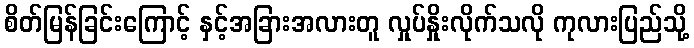
စိတ်မြန်ခြင်းကြောင့် နှင့်အခြားအလားတူ လှုပ်နှိုးလိုက်သလို ကုလားပြည်သို့